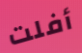
أفلت